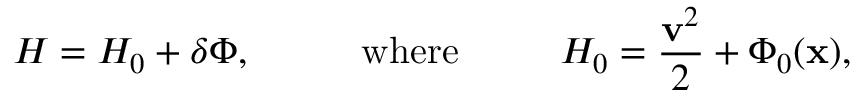
H = H _ { 0 } + \delta \Phi , \, \, \, \, \, \, \, \, \, \, \, \, \, \, \, \, \, \mathrm { w h e r e } \, \, \, \, \, \, \, \, \, \, \, \, \, \, \, \, H _ { 0 } = \frac { \mathbf { v } ^ { 2 } } { 2 } + \Phi _ { 0 } ( \mathbf { x } ) ,